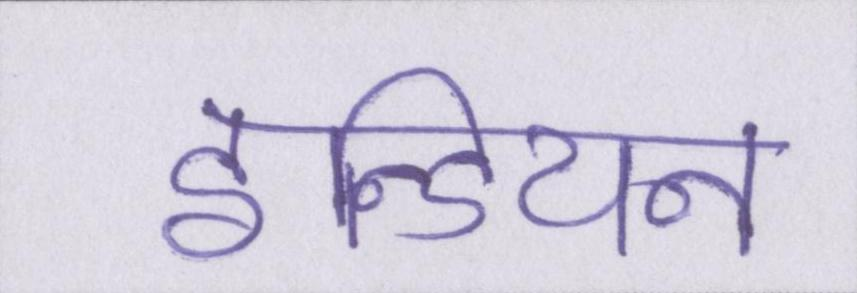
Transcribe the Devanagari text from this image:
इन्डियन